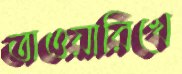
তাওয়ারিখে